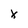
Character: x